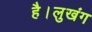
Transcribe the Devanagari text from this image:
है।लुखंग